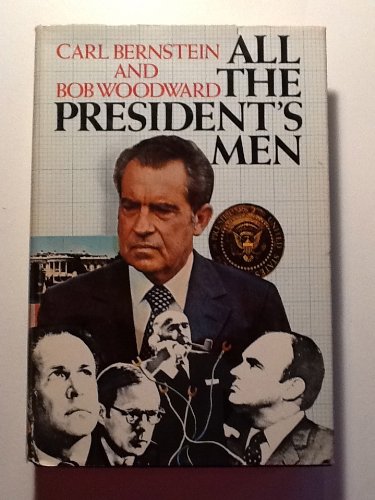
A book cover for All the President's Men; Carl Bernstein; Arts & Photography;